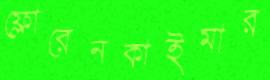
ফ্লোরেনকাইমার